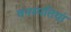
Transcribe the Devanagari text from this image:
वनस्‍पतियां